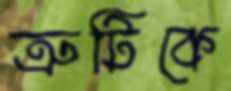
ত্রুটিকে